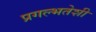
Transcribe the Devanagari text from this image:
प्रगल्भतेशी